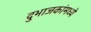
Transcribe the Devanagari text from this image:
दुभाजकांमध्ये